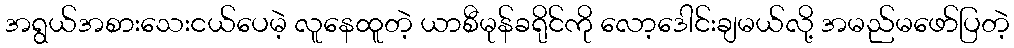
အရွယ်အစားသေးငယ်ပေမဲ့ လူနေထူတဲ့ ယာစီမုန်ခရိုင်ကို လော့ဒေါင်းချမယ်လို့ အမည်မဖော်ပြတဲ့